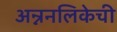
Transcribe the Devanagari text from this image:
अन्ननलिकेची